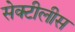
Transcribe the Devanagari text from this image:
सेक्टीलीस